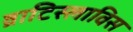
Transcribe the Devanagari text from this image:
व्राटिस्लाविस